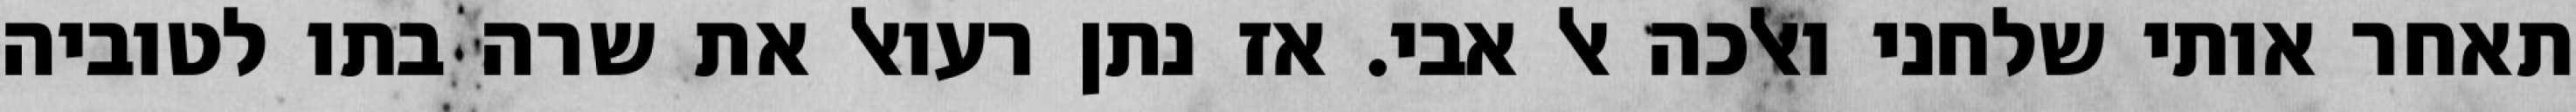
תאחר אותי שלחני ואלכה אל אבי. אז נתן רעואל את שרה בתו לטוביה